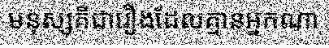
មនុស្សគឺជារឿងដែលគ្មានអ្នកណា